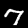
Label: 7